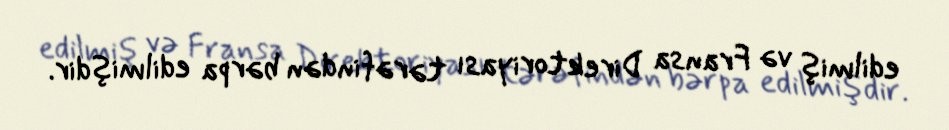
edilmiş və Fransa Direktoriyası tərəfindən bərpa edilmişdir.